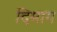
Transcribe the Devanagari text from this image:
दिमाग